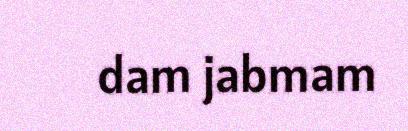
dam jabmam